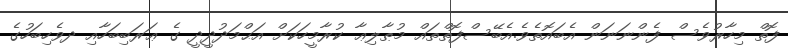
ފޮތް މިހާރުވެސް ފެންނަނަން އެބައޮތެވެ.އެބޭސްފޮތްތައް މުޠާލިޢާ ކުރާމީހަކަށް އަޙްމަދުދީދީ ގެ ޢަރަބިބަހާއި ދވެހިބަހުގެ